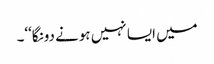
میں ایسا نہیں ہونے دونگا‘‘۔